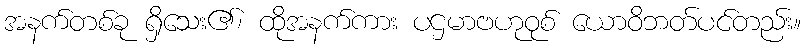
အနက်တစ်ခု ရှိသေး၏၊ ထိုအနက်ကား ပဌမာဗဟုဝုစ် ယောဝိဘတ်ပင်တည်း။